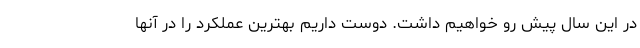
در این سال پیش رو خواهیم داشت. دوست داریم بهترین عملکرد را در آنها